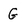
Character: G